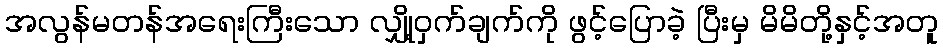
အလွန်မတန်အရေးကြီးသော လျှို့ဝှက်ချက်ကို ဖွင့်ပြောခဲ့ ပြီးမှ မိမိတို့နှင့်အတူ